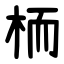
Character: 栭